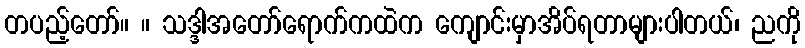
တပည့်တော်။ ။ သဒ္ဒါအတော်ရောက်ကထဲက ကျောင်းမှာအိပ်ရတာများပါတယ်၊ ညကို